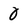
Character: 0